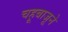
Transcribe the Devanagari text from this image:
चहूबाजूने